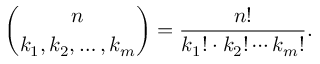
{ \binom { n } { k _ { 1 } , k _ { 2 } , \ldots , k _ { m } } } = { \frac { n ! } { k _ { 1 } ! \cdot k _ { 2 } ! \cdots k _ { m } ! } } .